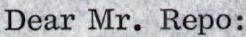
Dear Mr. Repo: